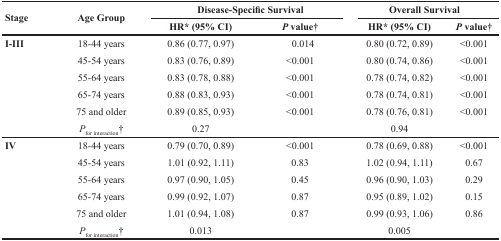
| <ROWSPAN=2> Stage | <ROWSPAN=2> Age Group | <COLSPAN=2> Disease-Specific Survival | <COLSPAN=2> Overall Survival |
 | HR* (95% CI) | P value† | HR* (95% CI) | P value† |
 | --- | --- | --- | --- | --- | --- |
 | <ROWSPAN=6> I-III | 18-44 years | 0.86 (0.77, 0.97) | 0.014 | 0.80 (0.72, 0.89) | <0.001 |
 | 45-54 years | 0.83 (0.76, 0.89) | <0.001 | 0.80 (0.74, 0.86) | <0.001 |
 | 55-64 years | 0.83 (0.78, 0.88) | <0.001 | 0.78 (0.74, 0.82) | <0.001 |
 | 65-74 years | 0.88 (0.83, 0.93) | <0.001 | 0.78 (0.74, 0.81) | <0.001 |
 | 75 and older | 0.89 (0.85, 0.93) | <0.001 | 0.78 (0.76, 0.81) | <0.001 |
 | Pfor interaction† | 0.27 |  | 0.94 |  |
 | <ROWSPAN=6> IV | 18-44 years | 0.79 (0.70, 0.89) | <0.001 | 0.78 (0.69, 0.88) | <0.001 |
 | 45-54 years | 1.01 (0.92, 1.11) | 0.83 | 1.02 (0.94, 1.11) | 0.67 |
 | 55-64 years | 0.97 (0.90, 1.05) | 0.45 | 0.96 (0.90, 1.03) | 0.29 |
 | 65-74 years | 0.99 (0.92, 1.07) | 0.87 | 0.95 (0.89, 1.02) | 0.15 |
 | 75 and older | 1.01 (0.94, 1.08) | 0.87 | 0.99 (0.93, 1.06) | 0.86 |
 | Pfor interaction† | 0.013 |  | 0.005 |  |